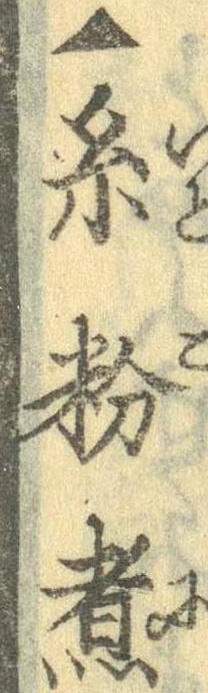
▲糸粉煮